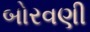
બોરવણી